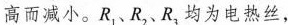
高而减小。R_{1}、R_{2}、R_{3}均为电热丝，